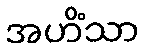
အဟိံသာ